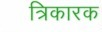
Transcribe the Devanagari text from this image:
त्रिकारक